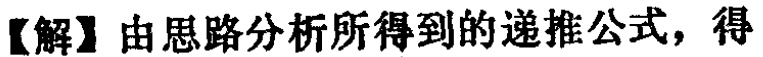
【解】由思路分析所得到的递推公式，得